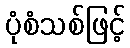
ပုံစံသစ်ဖြင့်